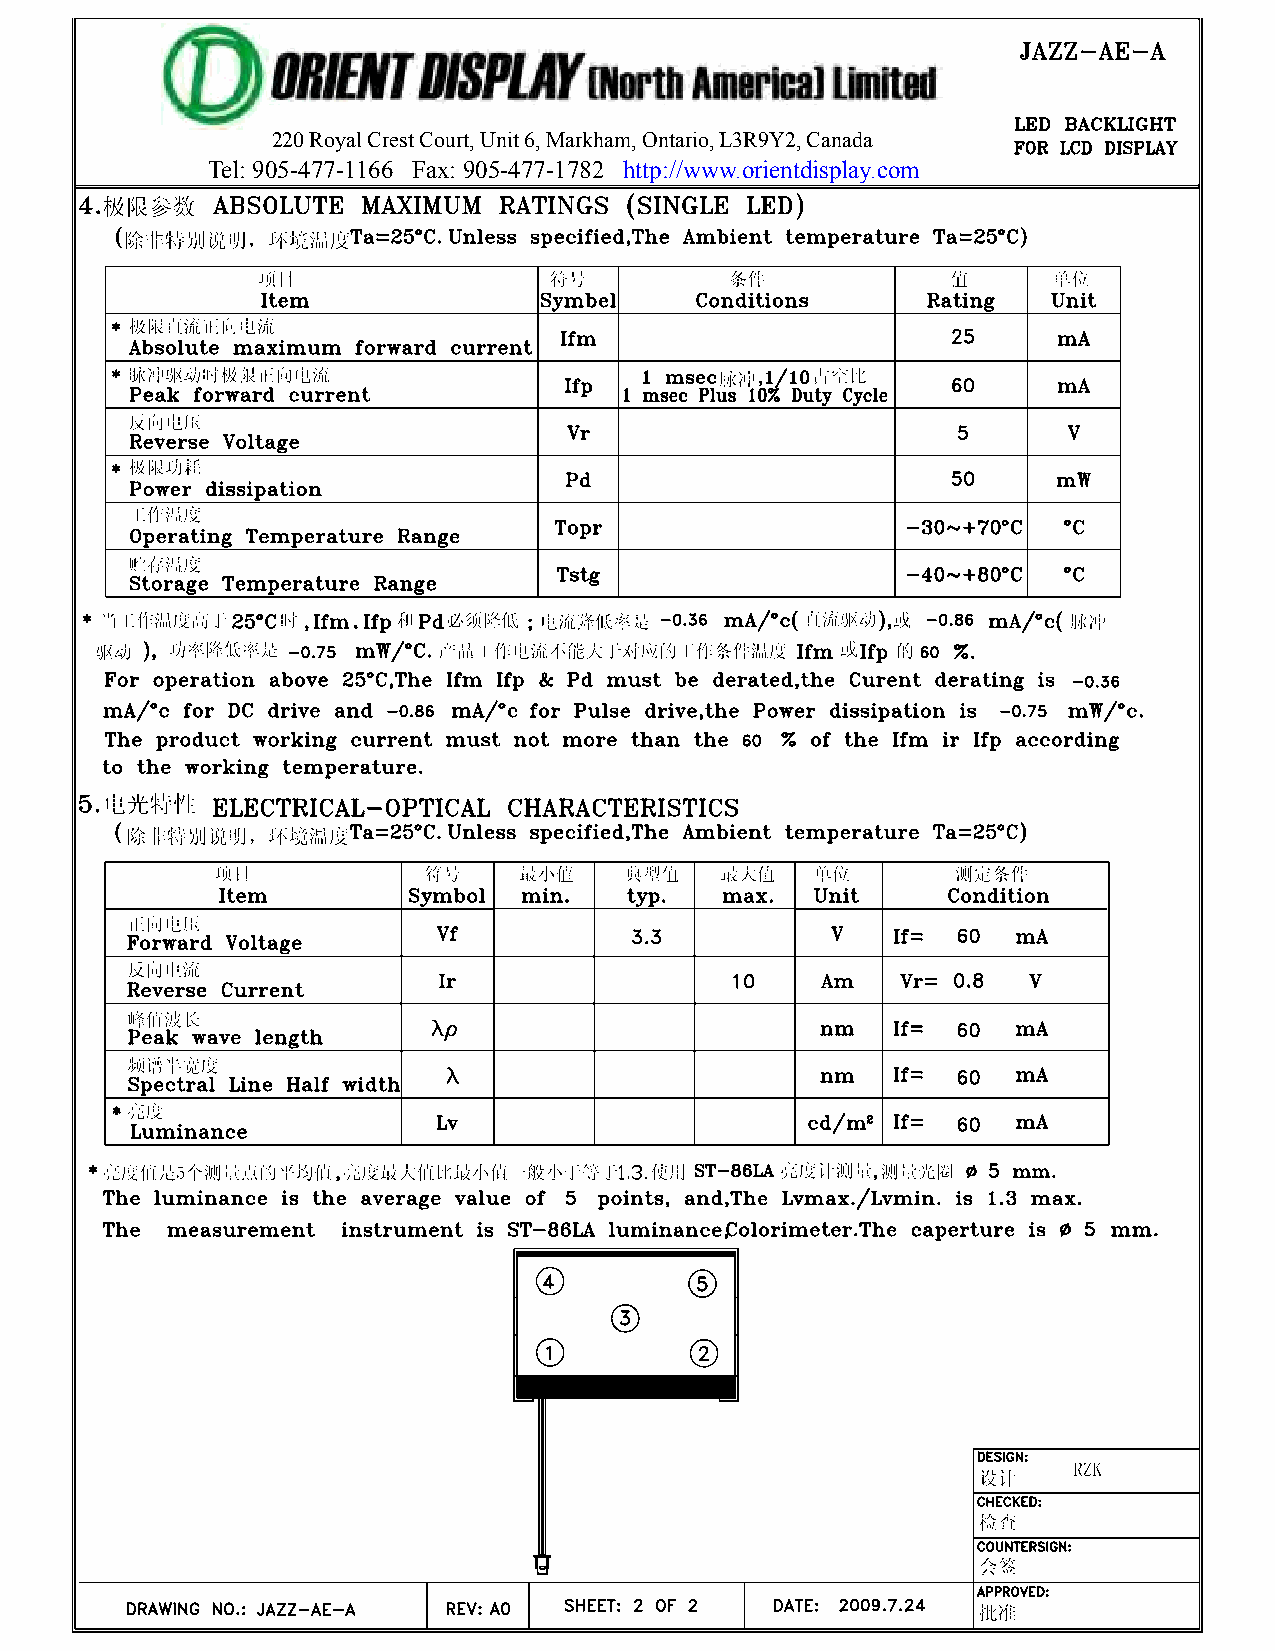
1452 2R0 oRyoayla Cl Creresst tC Coouurrtt, UUnniitt 64,2 M Marakrhkahma,m O,n OtarNio,, CL3aRna9dYa2 ,L C3aRn a9dZa4
 Tel: 905-477-1166 Fax: 905-477-1782 http://www.orientdisplay.com